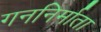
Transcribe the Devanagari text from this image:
गननिर्माता